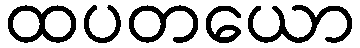
ထပတယော